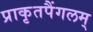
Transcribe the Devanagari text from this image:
प्राकृतपैंगलम्‌